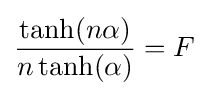
{\frac {\tanh(n\alpha )}{n\tanh(\alpha )}}=F